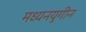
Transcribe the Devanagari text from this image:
मध्यनयुगीन